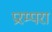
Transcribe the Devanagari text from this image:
प्ररम्परा